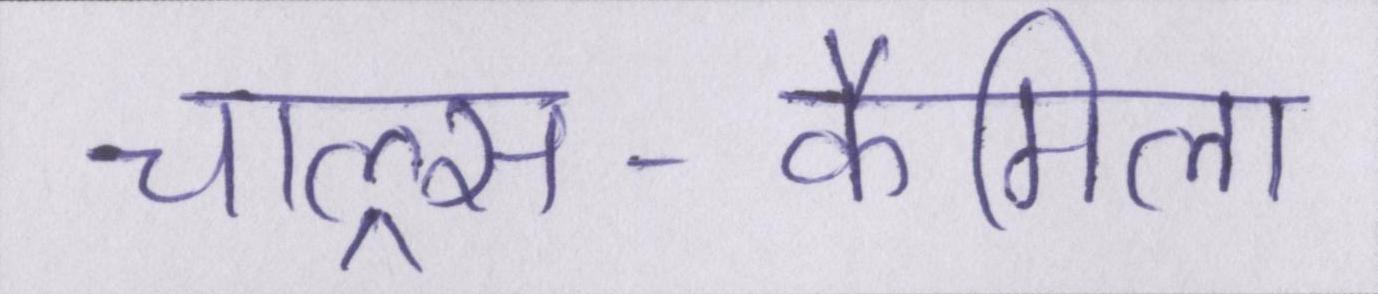
चाल्र्स-कैमिला